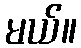
မယ်။